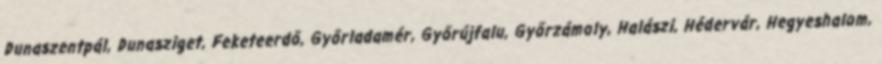
Dunaszentpál, Dunasziget, Feketeerdő, Győrladamér, Győrújfalu, Győrzámoly, Halászi, Hédervár, Hegyeshalom,